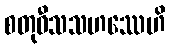
စတုဝီသသဟဿေဟိ